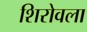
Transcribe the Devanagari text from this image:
शिरोवला